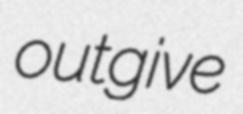
outgive